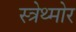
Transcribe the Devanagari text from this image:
स्त्रेथ्मोर